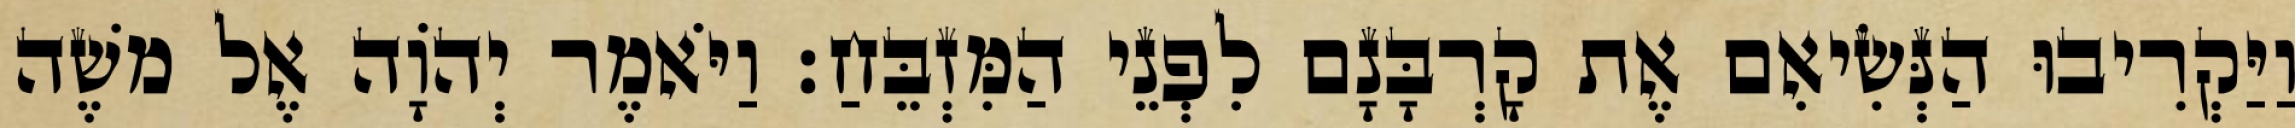
וַיַּקְרִיבוּ הַנְּשִׂיאִם אֶת קָרְבָּנָם לִפְנֵי הַמִּזְבֵּחַ׃ וַיֹּאמֶר יְהוָֹה אֶל משֶׁה